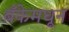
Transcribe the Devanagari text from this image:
बँकेमधून